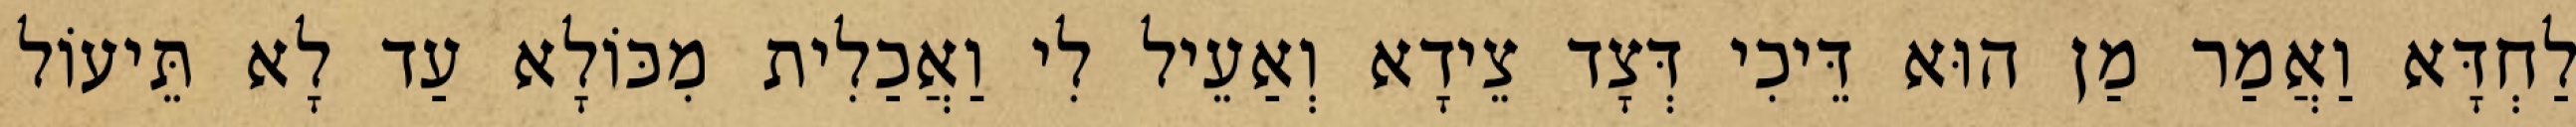
לַחְדָּא וַאֲמַר מַן הוּא דֵּיכִי דְּצָד צֵידָא וְאַעֵיל לִי וַאֲכַלִית מִכּוֹלָא עַד לָא תֵּיעוֹל